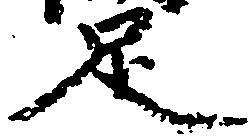
足